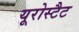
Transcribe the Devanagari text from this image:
यूरोस्टैट